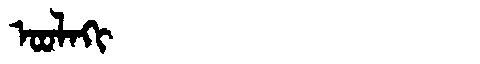
Manchu: ᠣᠣᠯᠠᡴᡳ
Romanization: OOLAKI